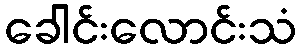
ခေါင်းလောင်းသံ